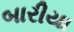
બારીયા